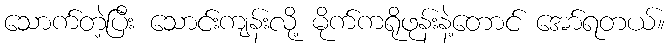
သောက်တဲ့ပြီး သောင်းကျန်းလို့ မိုက်ကရိုဖုန်းနဲ့တောင် အော်ရတယ်။